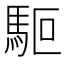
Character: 𩢘